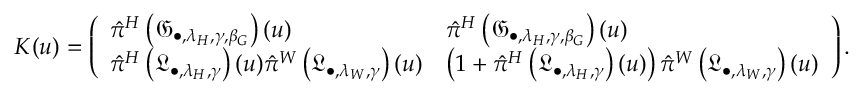
K ( u ) = \left( \begin{array} { l l } { \hat { \pi } ^ { H } \left( \mathfrak { G } _ { \bullet , \lambda _ { H } , \gamma , \beta _ { G } } \right) ( u ) } & { \hat { \pi } ^ { H } \left( \mathfrak { G } _ { \bullet , \lambda _ { H } , \gamma , \beta _ { G } } \right) ( u ) } \\ { \hat { \pi } ^ { H } \left( \mathfrak { L } _ { \bullet , \lambda _ { H } , \gamma } \right) ( u ) \hat { \pi } ^ { W } \left( \mathfrak { L } _ { \bullet , \lambda _ { W } , \gamma } \right) ( u ) } & { \left( 1 + \hat { \pi } ^ { H } \left( \mathfrak { L } _ { \bullet , \lambda _ { H } , \gamma } \right) ( u ) \right) \hat { \pi } ^ { W } \left( \mathfrak { L } _ { \bullet , \lambda _ { W } , \gamma } \right) ( u ) } \end{array} \right) .